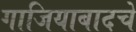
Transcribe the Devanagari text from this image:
गाजियाबादचे